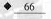
\underline66